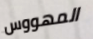
المهووس